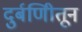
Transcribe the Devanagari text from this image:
दुर्बणिीतून